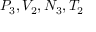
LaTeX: P _ { 3 } , V _ { 2 } , N _ { 3 } , T _ { 2 }